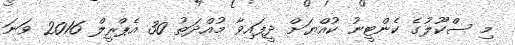
މި ސްކޫލުގެ ކެންޓީނު ކުއްޔަށް ދީފައިވާ މުއްދަތު 30 އެޕްރީލް 2016 ވަނަ